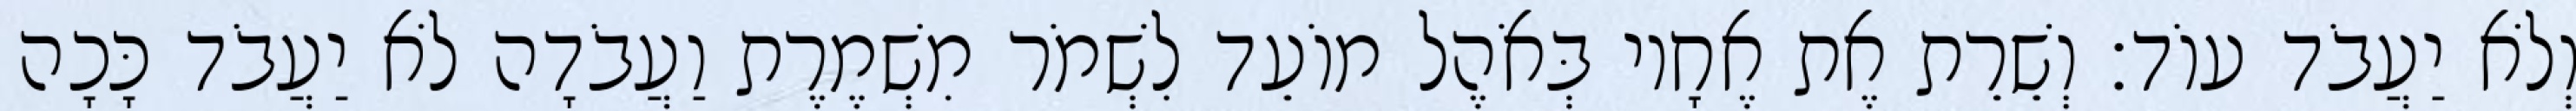
וְלֹא יַעֲבֹד עוֹד׃ וְשֵׁרֵת אֶת אֶחָיו בְּאֹהֶל מוֹעֵד לִשְׁמֹר מִשְׁמֶרֶת וַעֲבֹדָה לֹא יַעֲבֹד כָּכָה